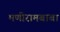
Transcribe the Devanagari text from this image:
मणीरामबाबा